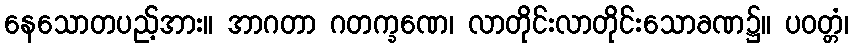
နေသောတပည့်အား။ အာဂတာ ဂတက္ခဏေ၊ လာတိုင်းလာတိုင်းသောခဏ၌။ ပဝတ္တံ၊